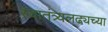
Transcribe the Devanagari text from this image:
स्वातंत्र्यलढ्यच्या